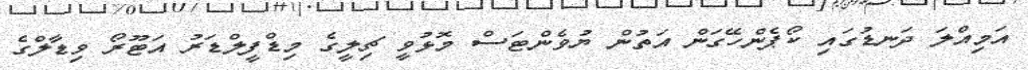
އަމިއްލަ ދަނޑުގައި ކޯޕެންހޭގަން އަތުން ޔުވެންޓަސް މޮޅުވީ ޗިލީގެ މިޑްފީލްޑަރު އަޓޫރޯ ވިޑާލްގެ